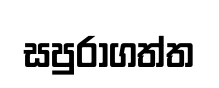
සපුරාගත්ත